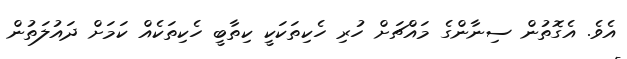
އެވެ. އެގޮތުން ސިނާންގެ މައްޗަށް ހުރި ހެކިތަކަކީ ކިތާބީ ހެކިތަކެއް ކަމަށް ދައުލަތުން